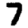
Digit: 7